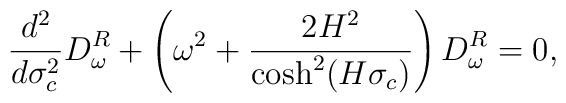
\frac{d^2}{d\sigma^2_c} D^R_\omega+\left( \omega^2+\frac{2H^2}{\cosh^2(H\sigma_c)}\right) D^R_\omega=0,